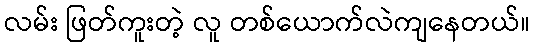
လမ်း ဖြတ်ကူးတဲ့ လူ တစ်ယောက်လဲကျနေတယ်။